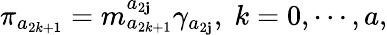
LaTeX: \pi_{a_{2k+1}}=m_{a_{2k+1}}^{a_{2\mathbf{j}}}\gamma_{a_{2\mathbf{j}}},\; k=0,\cdots,a,